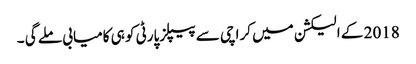
2018 کے الیکشن میں کراچی سے پیپلزپارٹی کو ہی کامیابی ملے گی ۔